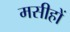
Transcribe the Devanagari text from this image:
मसीहों